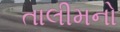
તાલીમનો